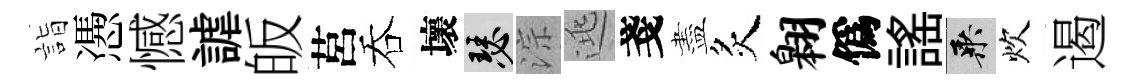
詣慿憾謔皈莒吞壞瑟淙逃戔盡炙翱僞謡乘炊遏